Indian journal of veterinary science and animal husbandry - Volume 4,
Year: 1934
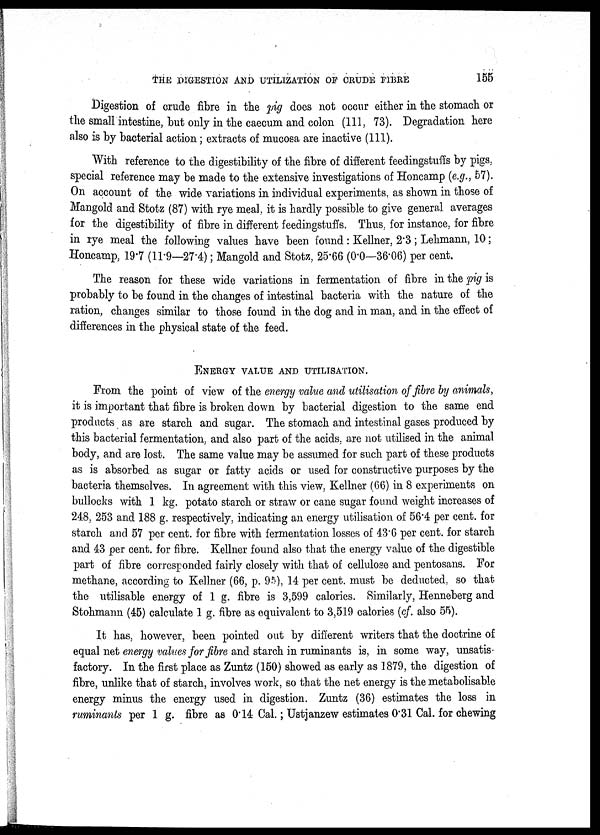
THE DIGESTION AND UTILIZATION OF CRUDE FIBRE
155
Digestion of crude fibre in the pig does not occur either in the stomach or
the small intestine, but only in the caecum and colon (111, 73). Degradation here
also is by bacterial action; extracts of mucosa are inactive (111).
With reference to the digestibility of the fibre of different feedingstuffs by pigs,
special reference may be made to the extensive investigations of Honcamp (e.g., 57).
On account of the wide variations in individual experiments, as shown in those of
Mangold and Stotz (87) with rye meal, it is hardly possible to give general averages
for the digestibility of fibre in different feedingstuffs. Thus, for instance, for fibre
in rye meal the following values have been found: Kellner, 2.3; Lehmann, 10;
Honcamp, 19.7 (11.9—27.4); Mangold and Stotz, 25.66 (0.0—36.06) per cent.
The reason for these wide variations in fermentation of fibre in the pig is
probably to be found in the changes of intestinal bacteria with the nature of the
ration, changes similar to those found in the dog and in man, and in the effect of
differences in the physical state of the feed.
ENERGY VALUE AND UTILISATION.
From the point of view of the energy value and utilisation of fibre by animals,
it is important that fibre is broken down by bacterial digestion to the same end
products as are starch and sugar. The stomach and intestinal gases produced by
this bacterial fermentation, and also part of the acids, are not utilised in the animal
body, and are lost. The same value may be assumed for such part of these products
as is absorbed as sugar or fatty acids or used for constructive purposes by the
bacteria themselves. In agreement with this view, Kellner (66) in 8 experiments on
bullocks with 1 kg. potato starch or straw or cane sugar found weight increases of
248, 253 and 188 g. respectively, indicating an energy utilisation of 56.4 per cent. for
starch and 57 per cent. for fibre with fermentation losses of 43.6 per cent. for starch
and 43 per cent. for fibre. Kellner found also that the energy value of the digestible
part of fibre corresponded fairly closely with that of cellulose and pentosans. For
methane, according to Kellner (66, p. 95), 14 per cent. must be deducted, so that
the utilisable energy of 1 g. fibre is 3,599 calories. Similarly, Henneberg and
Stohmann (45) calculate 1 g. fibre as equivalent to 3,519 calories (cf. also 55).
It has, however, been pointed out by different writers that the doctrine of
equal net energy values for fibre and starch in ruminants is, in some way, unsatis-
factory. In the first place as Zuntz (150) showed as early as 1879, the digestion of
fibre, unlike that of starch, involves work, so that the net energy is the metabolisable
energy minus the energy used in digestion. Zuntz (36) estimates the loss in
ruminants per 1 g. fibre as 0.14 Cal.; Ustjanzew estimates 0.31 Cal. for chewing